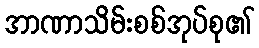
အာဏာသိမ်းစစ်အုပ်စု၏